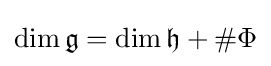
\dim {\mathfrak {g}}=\dim {\mathfrak {h}}+\#\Phi